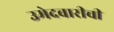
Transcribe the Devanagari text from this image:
उमेदवारीची